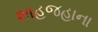
શાહજહાના